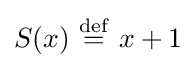
S(x)\ {\stackrel {\mathrm {def} }{=}}\ x+1